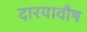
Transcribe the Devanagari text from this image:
दारयावौष